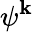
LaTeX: \psi^{\mathbf{k}}